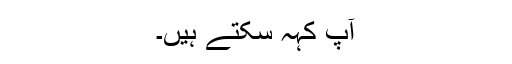
آپ کہہ سکتے ہیں۔